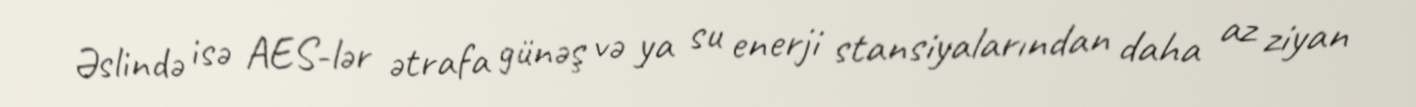
Əslində isə AES-lər ətrafa günəş və ya su enerji stansiyalarından daha az ziyan